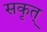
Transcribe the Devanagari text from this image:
सकृत्